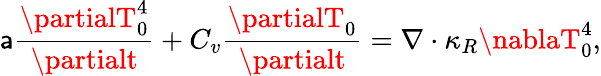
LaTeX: \mathsf{a}\frac{{\partialT_{0}^{4}}}{{\partialt}}+C_{v}\frac{{\partialT_{0}}}{{\partialt}}=\nabla\cdot\kappa_{R}\nablaT_{0}^{4},